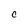
Character: c